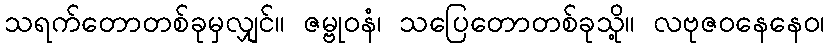
သရက်တောတစ်ခုမှလျှင်။ ဇမ္ဗုဝနံ၊ သပြေတောတစ်ခုသို့။ လဗုဇဝနေနေဝ၊